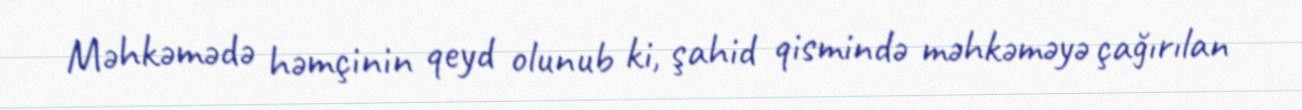
Məhkəmədə həmçinin qeyd olunub ki, şahid qismində məhkəməyə çağırılan